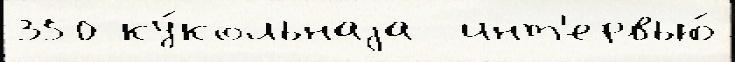
350 ку́кольнаjа  инт'ервью́